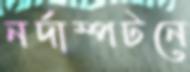
নর্দাম্পটনে